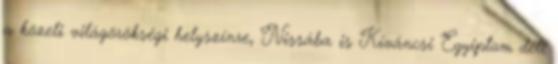
a közeli világörökségi helyszínre, Nissába is Kíváncsi Egyiptom déli